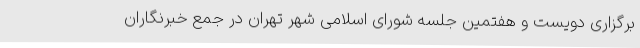
برگزاری دویست و هفتمین جلسه شورای اسلامی شهر تهران در جمع خبرنگاران